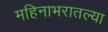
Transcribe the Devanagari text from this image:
महिनाभरातल्या